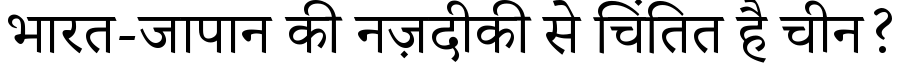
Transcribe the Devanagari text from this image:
भारत-जापान की नज़दीकी से चिंतित है चीन?